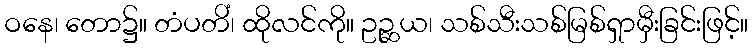
ဝနေ၊ တော၌။ တံပတိံ၊ ထိုလင်ကို။ ဥဉ္ဆယ၊ သစ်သီးသစ်မြစ်ရှာမှီးခြင်းဖြင့်။